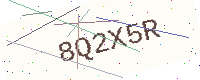
Text: 8Q2X5R